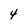
Character: 4